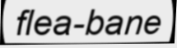
flea-bane